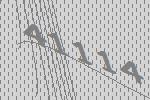
41114